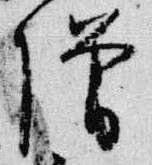
僧